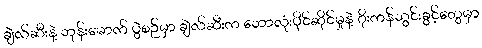
ချဲလ်ဆီးနဲ့ ဘုန်းမောက် ပွဲစဉ်မှာ ချဲလ်ဆီးက ဘောလုံးပိုင်ဆိုင်မှုနဲ့ ဂိုးကန်သွင်းခွင့်တွေမှာ